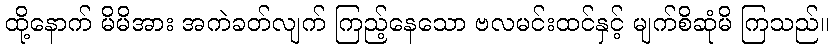
ထို့နောက် မိမိအား အကဲခတ်လျက် ကြည့်နေသော ဗလမင်းထင်နှင့် မျက်စိဆုံမိ ကြသည်။